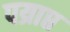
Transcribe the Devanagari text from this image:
पय्राप्त